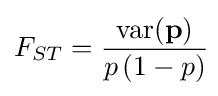
F_{ST}={\frac {\operatorname {var} (\mathbf {p} )}{p\,(1-p)}}\!